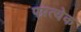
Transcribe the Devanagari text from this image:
पप्रत्येक